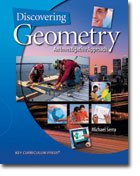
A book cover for Discovering Geometry: An Investigative Approach; Michael Serra; Teen & Young Adult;